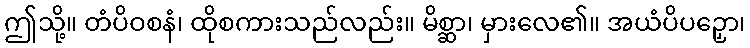
ဤသို့။ တံပိဝစနံ၊ ထိုစကားသည်လည်း။ မိစ္ဆာ၊ မှားလေ၏။ အယံပိပဉှော၊